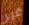
غير